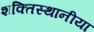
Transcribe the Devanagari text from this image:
शक्तिस्थानीया